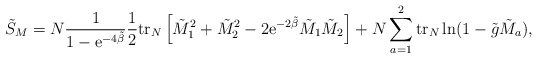
\begin{align*}\tilde{S}_M=N\frac{1}{1-{\rm e}^{-4\tilde{\beta}}}\frac{1}{2}{\rm tr}_N\left[\tilde{M}_1^2+\tilde{M}_2^2-2{\rm e}^{-2\tilde{\beta}}\tilde{M}_1\tilde{M}_2\right]+N\sum_{a=1}^2{\rm tr}_N\ln (1-\tilde{g}\tilde{M}_a),\end{align*}